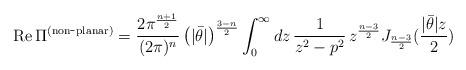
LaTeX: \begin{align*}{\rm Re}\,\Pi^{\rm (non\hbox{-}planar)} =\frac{2\pi^{\frac{n+1}{2}}}{(2\pi)^{n}}\left(|\bar{\theta}|\right)^{\frac{3-n}{2}} \int_{0}^{\infty}dz\,\frac{1}{z^{2}-p^{2}}\,z^{\frac{n-3}{2}} J_{\frac{n-3}{2}}(\frac{|\bar{\theta}|z}{2})\end{align*}